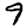
Digit: 9